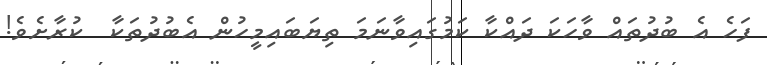
ފަހެ އެ ބުދުތައް ވާހަކަ ދައްކާ ކަމުގައިވާނަމަ ތިޔަބައިމީހުން އެބުދުތަކާ  ކުރާށެވެ!